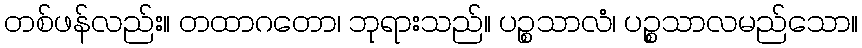
တစ်ဖန်လည်း။ တထာဂတော၊ ဘုရားသည်။ ပဉ္စသာလံ၊ ပဉ္စသာလမည်သော။